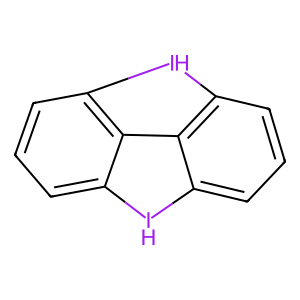
SMILES: c1cc2c3c(c1)Ic1cccc(c1-3)I2
Inhibits HIV replication: No